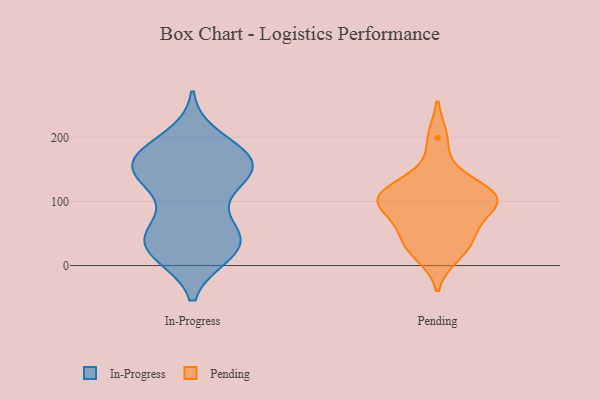
{"axis": {"x": "Latency (ms)", "y": "Value"}, "legend": ["In-Progress", "Pending"], "data": [{"x": "", "y": 46, "type": "In-Progress"}, {"x": "", "y": 197, "type": "In-Progress"}, {"x": "", "y": 40, "type": "In-Progress"}, {"x": "", "y": 158, "type": "In-Progress"}, {"x": "", "y": 52, "type": "In-Progress"}, {"x": "", "y": 118, "type": "In-Progress"}, {"x": "", "y": 173, "type": "In-Progress"}, {"x": "", "y": 20, "type": "In-Progress"}, {"x": "", "y": 165, "type": "In-Progress"}, {"x": "", "y": 163, "type": "In-Progress"}, {"x": "", "y": 144, "type": "In-Progress"}, {"x": "", "y": 26, "type": "In-Progress"}, {"x": "", "y": 152, "type": "In-Progress"}, {"x": "", "y": 166, "type": "In-Progress"}, {"x": "", "y": 25, "type": "In-Progress"}, {"x": "", "y": 54, "type": "In-Progress"}, {"x": "", "y": 30, "type": "In-Progress"}, {"x": "", "y": 154, "type": "In-Progress"}, {"x": "", "y": 129, "type": "In-Progress"}, {"x": "", "y": 107, "type": "Pending"}, {"x": "", "y": 17, "type": "Pending"}, {"x": "", "y": 34, "type": "Pending"}, {"x": "", "y": 41, "type": "Pending"}, {"x": "", "y": 106, "type": "Pending"}, {"x": "", "y": 199, "type": "Pending"}, {"x": "", "y": 102, "type": "Pending"}, {"x": "", "y": 96, "type": "Pending"}, {"x": "", "y": 95, "type": "Pending"}, {"x": "", "y": 58, "type": "Pending"}, {"x": "", "y": 111, "type": "Pending"}, {"x": "", "y": 139, "type": "Pending"}]}